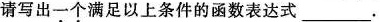
请写出一个满足以上条件的函数表达式___.